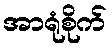
အာရုံစိုက်